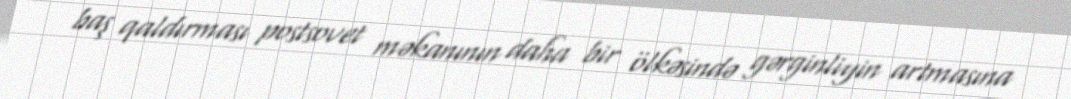
baş qaldırması postsovet məkanının daha bir ölkəsində gərginliyin artmasına